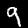
Label: 9